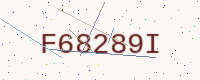
Text: F68289I